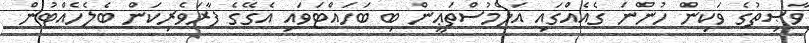
ވާޞިތުގެ ވަކިން ހުންނަ ގެއެއްގައި އަލްމުސްތަޢީން ބި ބަހައްޓަވައި އެގޭގެ ފާރަވެރިކަން ބެލެހެއްޓުން